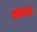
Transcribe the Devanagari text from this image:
आलवे